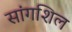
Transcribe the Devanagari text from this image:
सांगशिल